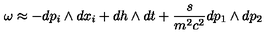
\omega \approx - d p _ { i } \wedge { } d x _ { i } + d h \wedge { } d t + \frac { s } { m ^ { 2 } c ^ { 2 } } d p _ { 1 } \wedge { } d p _ { 2 }